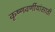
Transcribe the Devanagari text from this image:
कृष्णवर्णीयांसाठी